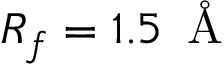
R _ { f } = 1 . 5 \, \mathrm { ~ \AA ~ }